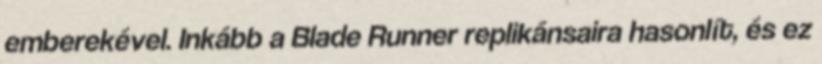
emberekével. Inkább a Blade Runner replikánsaira hasonlít, és ez